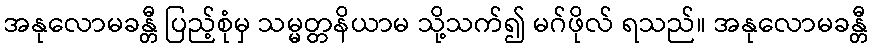
အနုလောမခန္တီ ပြည့်စုံမှ သမ္မတ္တနိယာမ သို့သက်၍ မဂ်ဖိုလ် ရသည်။ အနုလောမခန္တီ